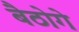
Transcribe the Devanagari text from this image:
बैठोगे